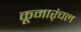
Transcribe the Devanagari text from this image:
कूमार्ंचल